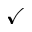
\checkmark